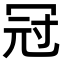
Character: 冠